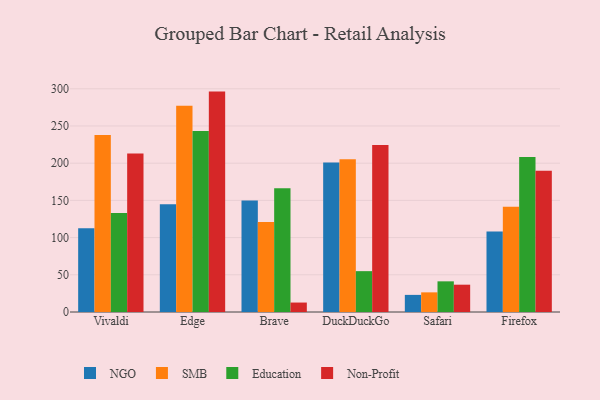
{"axis": {"x": "Browser", "y": "LTV (USD)"}, "legend": ["Education", "NGO", "Non-Profit", "SMB"], "data": [{"x": "Vivaldi", "y": 112.6, "type": "NGO"}, {"x": "Vivaldi", "y": 237.9, "type": "SMB"}, {"x": "Vivaldi", "y": 133.0, "type": "Education"}, {"x": "Vivaldi", "y": 213.1, "type": "Non-Profit"}, {"x": "Edge", "y": 144.7, "type": "NGO"}, {"x": "Edge", "y": 277.1, "type": "SMB"}, {"x": "Edge", "y": 243.2, "type": "Education"}, {"x": "Edge", "y": 296.2, "type": "Non-Profit"}, {"x": "Brave", "y": 150.0, "type": "NGO"}, {"x": "Brave", "y": 120.9, "type": "SMB"}, {"x": "Brave", "y": 166.4, "type": "Education"}, {"x": "Brave", "y": 12.7, "type": "Non-Profit"}, {"x": "DuckDuckGo", "y": 200.9, "type": "NGO"}, {"x": "DuckDuckGo", "y": 205.4, "type": "SMB"}, {"x": "DuckDuckGo", "y": 54.9, "type": "Education"}, {"x": "DuckDuckGo", "y": 224.4, "type": "Non-Profit"}, {"x": "Safari", "y": 23.0, "type": "NGO"}, {"x": "Safari", "y": 26.4, "type": "SMB"}, {"x": "Safari", "y": 41.2, "type": "Education"}, {"x": "Safari", "y": 36.7, "type": "Non-Profit"}, {"x": "Firefox", "y": 108.2, "type": "NGO"}, {"x": "Firefox", "y": 141.4, "type": "SMB"}, {"x": "Firefox", "y": 208.2, "type": "Education"}, {"x": "Firefox", "y": 189.9, "type": "Non-Profit"}]}